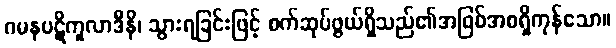
ဂမနပဋိကူလာဒီနိ၊ သွားရခြင်းဖြင့် စက်ဆုပ်ဖွယ်ရှိသည်၏အဖြစ်အစရှိကုန်သော။